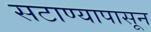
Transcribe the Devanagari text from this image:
सटाण्यापासून